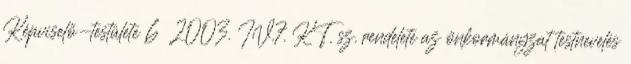
Képviselő-testülete 6 2003. IV.7. KT. sz. rendelete az önkormányzat testnevelés